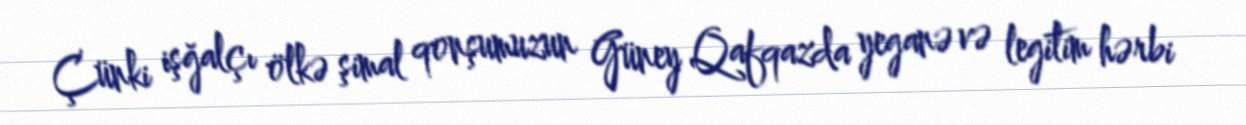
Çünki işğalçı ölkə şimal qonşumuzun Güney Qafqazda yeganə və legitim hərbi